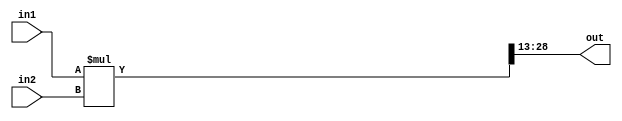
module multiplierv2(in1, in2, out);

  input signed [15:0] in1, in2;
  reg signed [31:0] store;
  output reg signed [15:0] out;

  always @(*) begin
    store = in1*in2 >>> 13;
    out = store[15:0];
  end
endmodule